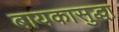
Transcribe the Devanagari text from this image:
बायकासुद्धा